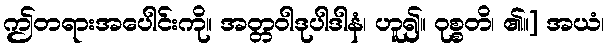
ဤတရားအပေါင်းကို။ အတ္တဝါဒုပါဒါနံ၊ ဟူ၍။ ဝုစ္စတိ၊ ၏။] အယံ၊